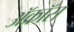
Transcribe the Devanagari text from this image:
ॲक्रॉस